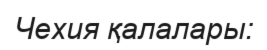
Чехия қалалары: